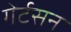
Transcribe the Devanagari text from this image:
गेर्टसन